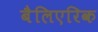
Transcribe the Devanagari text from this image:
बैलिएरिक